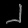
Digit: ၂